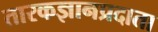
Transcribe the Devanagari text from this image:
तारकज्ञानप्रदाता